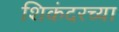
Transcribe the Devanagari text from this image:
शिकंदरच्या